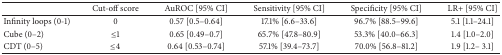
<table><thead><tr><td><b> </b></td><td><b>Cut-off score</b></td><td><b>AuROC [95% CI]</b></td><td><b>Sensitivity [95% CI]</b></td><td><b>Specificity [95% CI]</b></td><td><b>LR+ [95% CI]</b></td></tr></thead><tbody><tr><td>Infinity loops (0-1)</td><td>0</td><td>0.57 [0.5–0.64]</td><td>17.1% [6.6–33.6]</td><td>96.7% [88.5–99.6]</td><td>5.1 [1.1–24.1]</td></tr><tr><td>Cube (0–2)</td><td>≤1</td><td>0.65 [0.49–0.7]</td><td>65.7% [47.8–80.9]</td><td>53.3% [40.0–66.3]</td><td>1.4 [1.0–2.0]</td></tr><tr><td>CDT (0–5)</td><td>≤4</td><td>0.64 [0.53–0.74]</td><td>57.1% [39.4–73.7]</td><td>70.0% [56.8–81.2]</td><td>1.9 [1.2– 3.1]</td></tr></tbody></table>